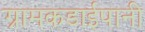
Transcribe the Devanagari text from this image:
ग्रामकडाईपानी